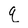
Character: q